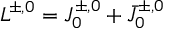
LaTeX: L ^ { \pm , 0 } = J _ { 0 } ^ { \pm , 0 } + \bar { J } _ { 0 } ^ { \pm , 0 }